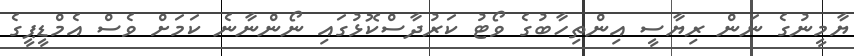
ޔާމީނުގެ ނަން ރިޔާސީ އިންތިހާބުގެ ވޯޓު ކަރުދާސްކޮޅުގައި ނޯންނާނެ ކަމަށް ވެސް އެމްޑީޕީގެ